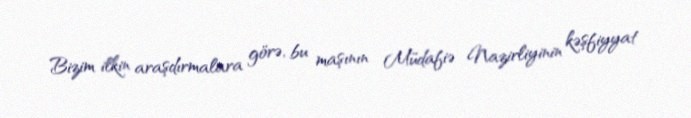
Bizim ilkin araşdırmalara görə, bu maşının Müdafiə Nazirliyinin kəşfiyyat